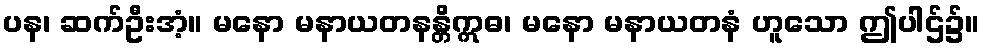
ပန၊ ဆက်ဦးအံ့။ မနော မနာယတနန္တိဣဓ၊ မနော မနာယတနံ ဟူသော ဤပါဌ်၌။